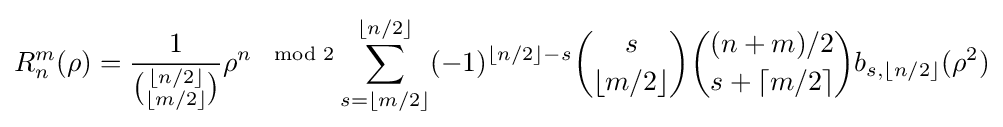
R_{n}^{m}(\rho )={\frac {1}{\binom {\lfloor n/2\rfloor }{\lfloor m/2\rfloor }}}\rho ^{n\mod 2}\sum _{s=\lfloor m/2\rfloor }^{\lfloor n/2\rfloor }(-1)^{\lfloor n/2\rfloor -s}{\binom {s}{\lfloor m/2\rfloor }}{\binom {(n+m)/2}{s+\lceil m/2\rceil }}b_{s,\lfloor n/2\rfloor }(\rho ^{2})